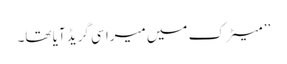
’’ میٹرک میں میرا سی گریڈ آیا تھا۔